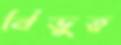
বিভুত্ব